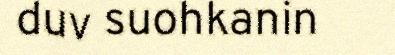
duv suohkanin